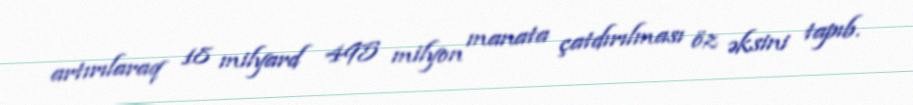
artırılaraq 18 milyard 495 milyon manata çatdırılması öz əksini tapıb.